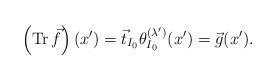
LaTeX: \begin{align*}\left(\operatorname{Tr}\vec f\right)(x')=\vec t_{I_0}\theta^{(\lambda')}_{I_0}(x')=\vec g(x').\end{align*}